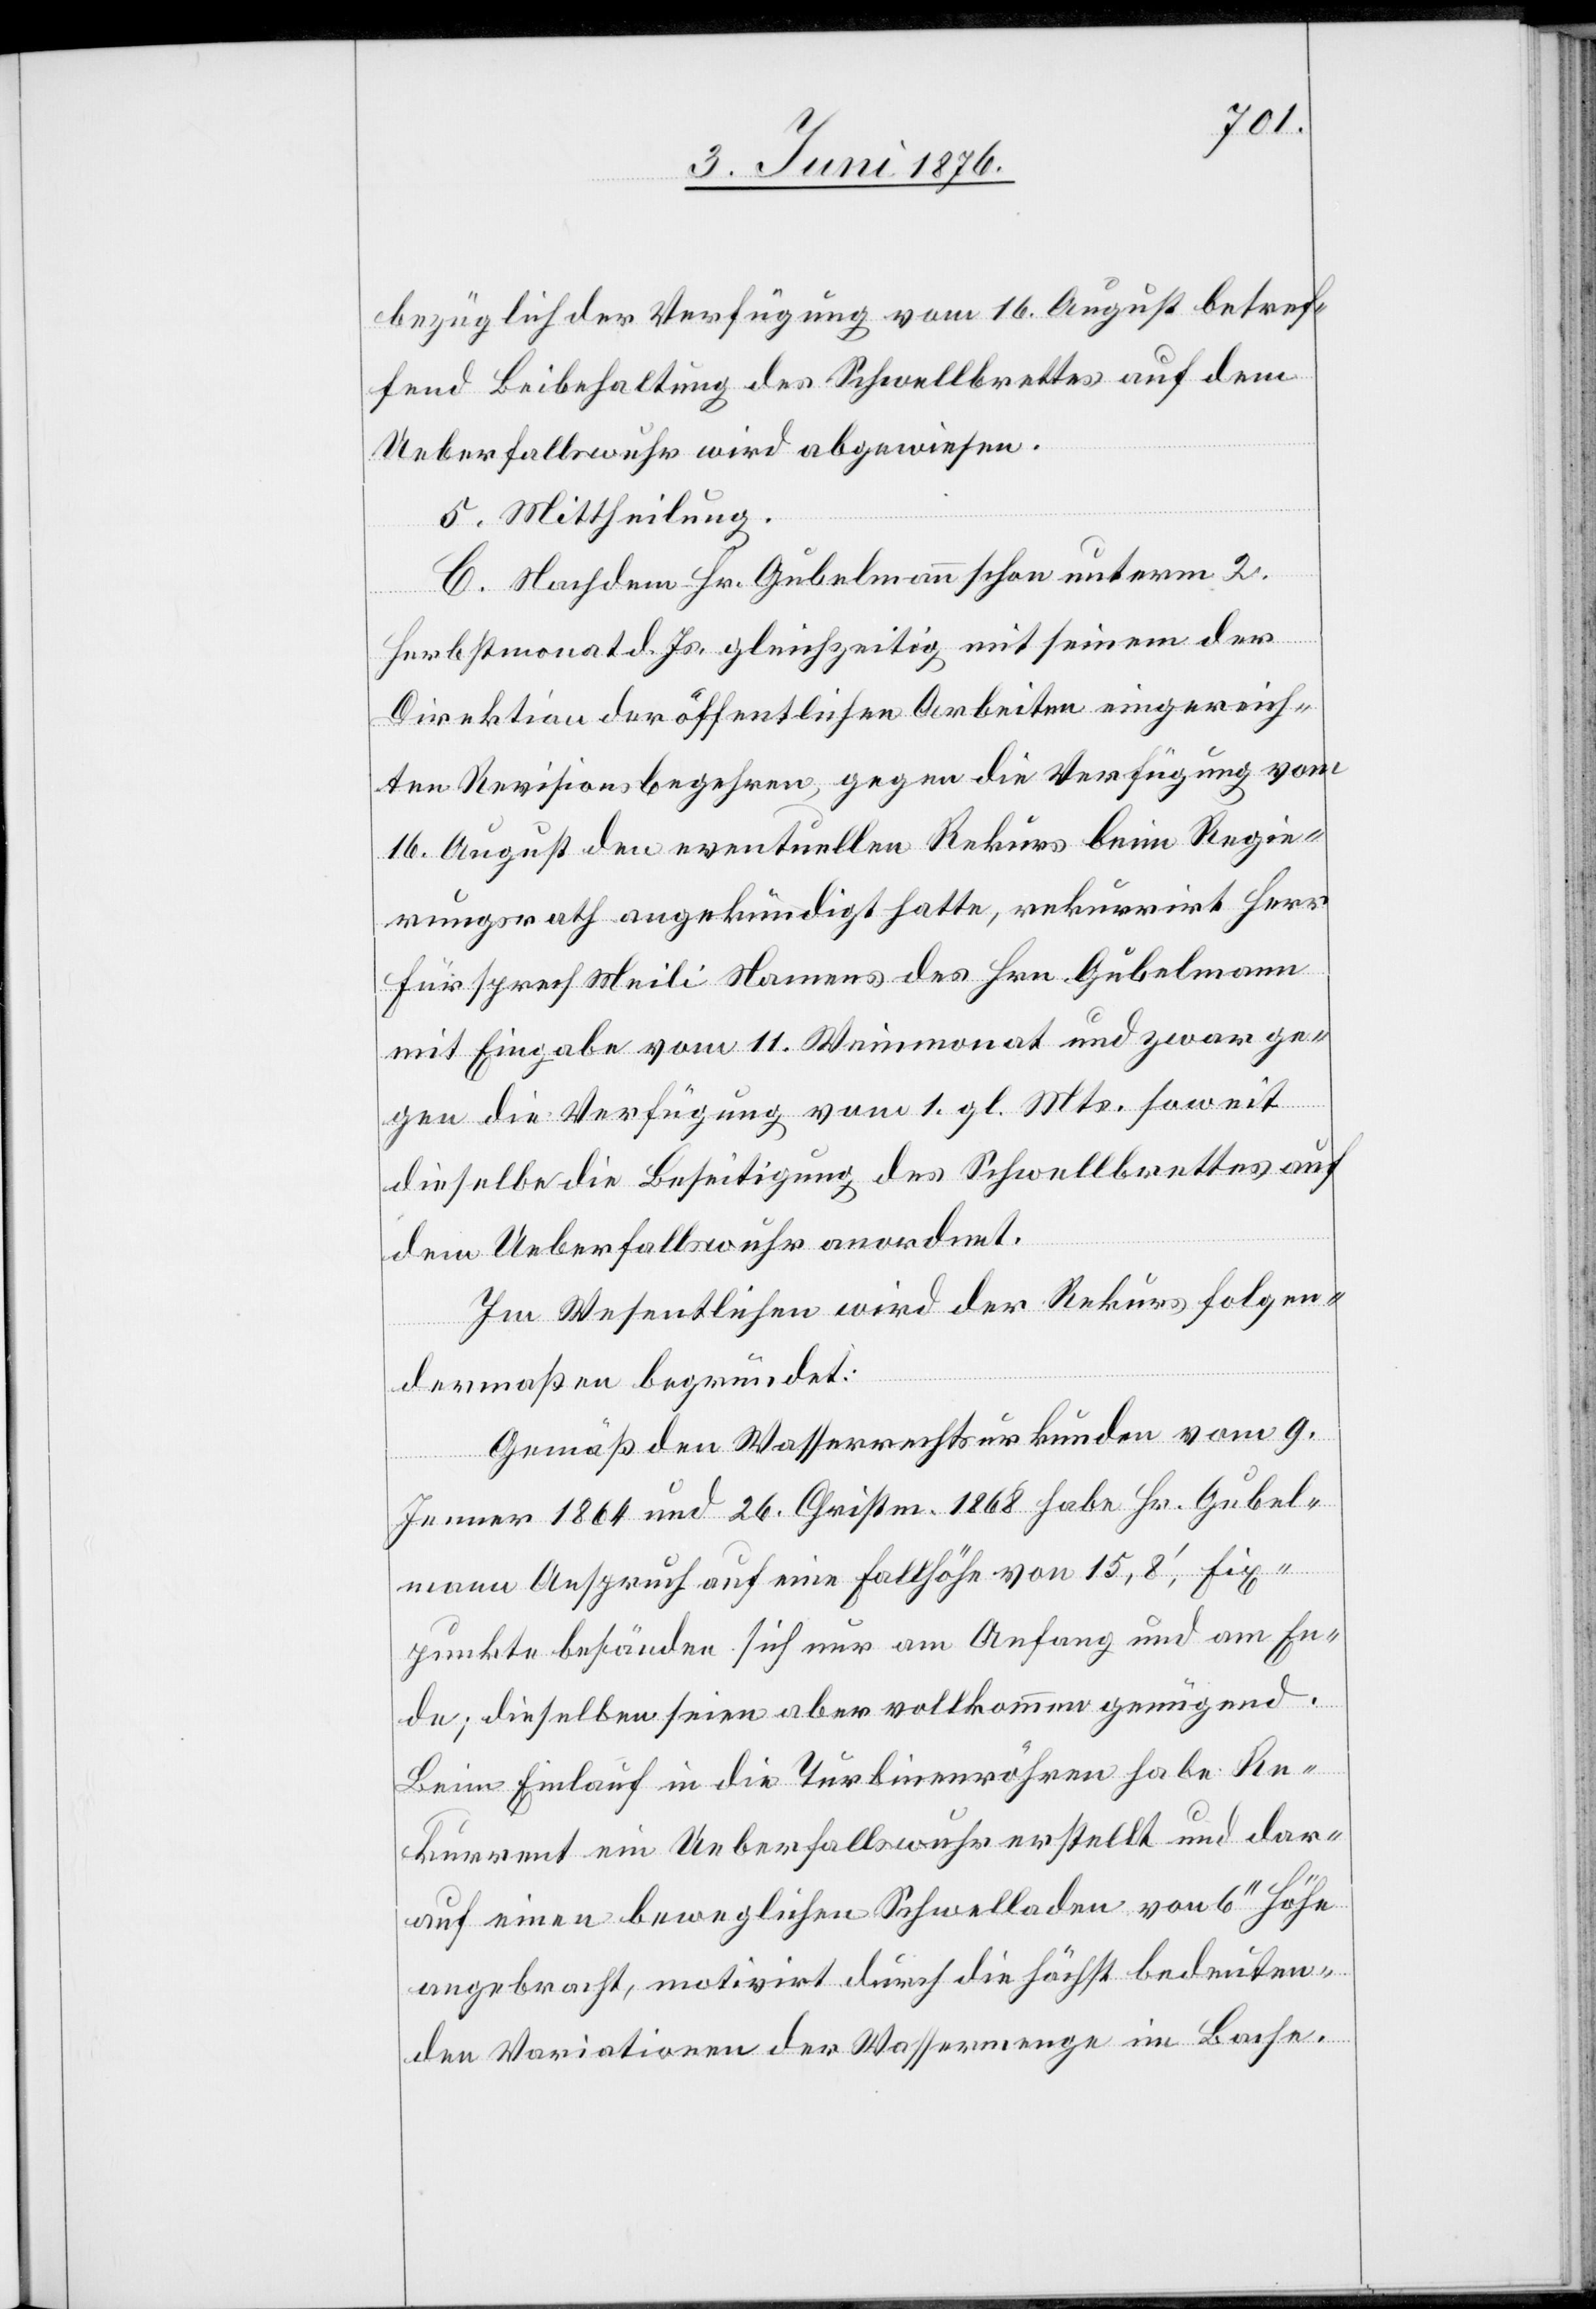
bezüglich der Verfügung vom 16. August betref¬
fend Beibehaltung des Schwellbrettes auf dem
Ueberfallswuhr wird abgewiesen.
5. Mittheilung.
C. Nachdem Hr. Gubelmann schon unterm 2.
Herbstmonat d. Js. gleichzeitig mit seinem der
Direktion der öffentlichen Arbeiten eingereich¬
ten Revisionsbegehren, gegen die Verfügung vom
16. August den eventuellen Rekurs beim Regie¬
rungsrath angekündigt hatte, rekurrirt Herr
Fürsprech Meili Namens des Hrn. Gubelmann
mit Eingabe vom 11. Weinmonat und zwar g¬
enau die Verfügung vom 1. gl. Mts. soweit
dieselbe die Beseitigung des Schwellbrettes auf
dem Ueberfallswuhr anordnet.
Im Wesentlichen wird der Rekurs folgen¬
dermaßen begründet:
Gemäß den Wasserrechtsurkunden vom 9.
Jenner 1864 und 26. Christm. 1868 habe Hr. Gubel¬
mann Anspruch auf eine Fallhöhe von 15,8‘, Fix¬
punkte befänden sich nur am Anfang und Am En¬
de; dieselben seien aber vollkommen genügend.
Beim Einlauf in die Turbinenröhren habe Re¬
kurrent ein Ueberfallswuhr erstellt und dar¬
auf einen beweglichen Schwelladen von 6‘‘ Höhe
angebracht, motivirt durch die höchst bedeuten¬
den Variationen der Wassermenge im Bache.